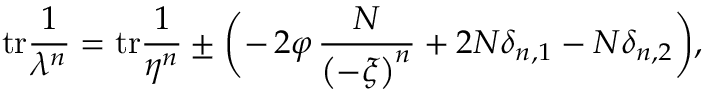
\mathrm { t r } \frac { 1 } { \lambda ^ { n } } = \mathrm { t r } \frac { 1 } { \eta ^ { n } } \pm \biggl ( - \, 2 \varphi \, \frac { N } { \left( - \xi \right) ^ { n } } + 2 N \delta _ { n , 1 } - N \delta _ { n , 2 } \biggl ) ,